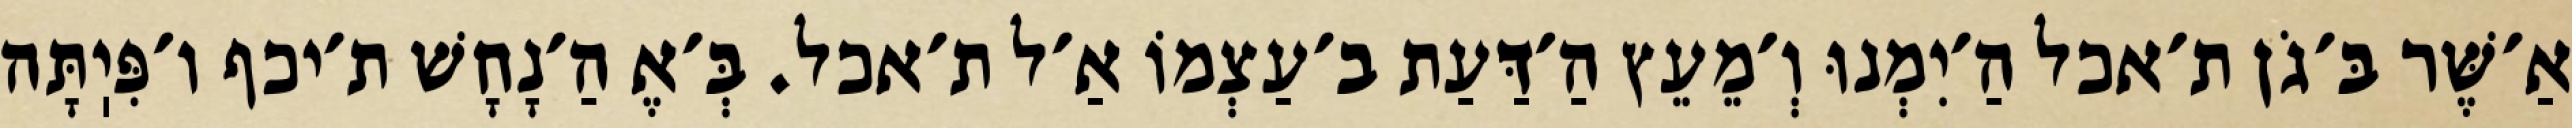
אַ׳שֶּׁר בּ׳גֹן ת׳אכל הַ׳יִמְנוּ וְ׳מֵעֵץ הַ׳דַּעַת ב׳עַצְמוֹ אַ׳ל ת׳אכל. בְּ׳אֶ הַ׳נָחָשׁ ת׳יכף ו׳פִּיֽתָּה